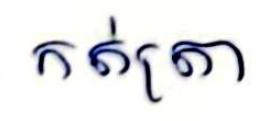
កត់ត្រា